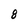
Character: 8